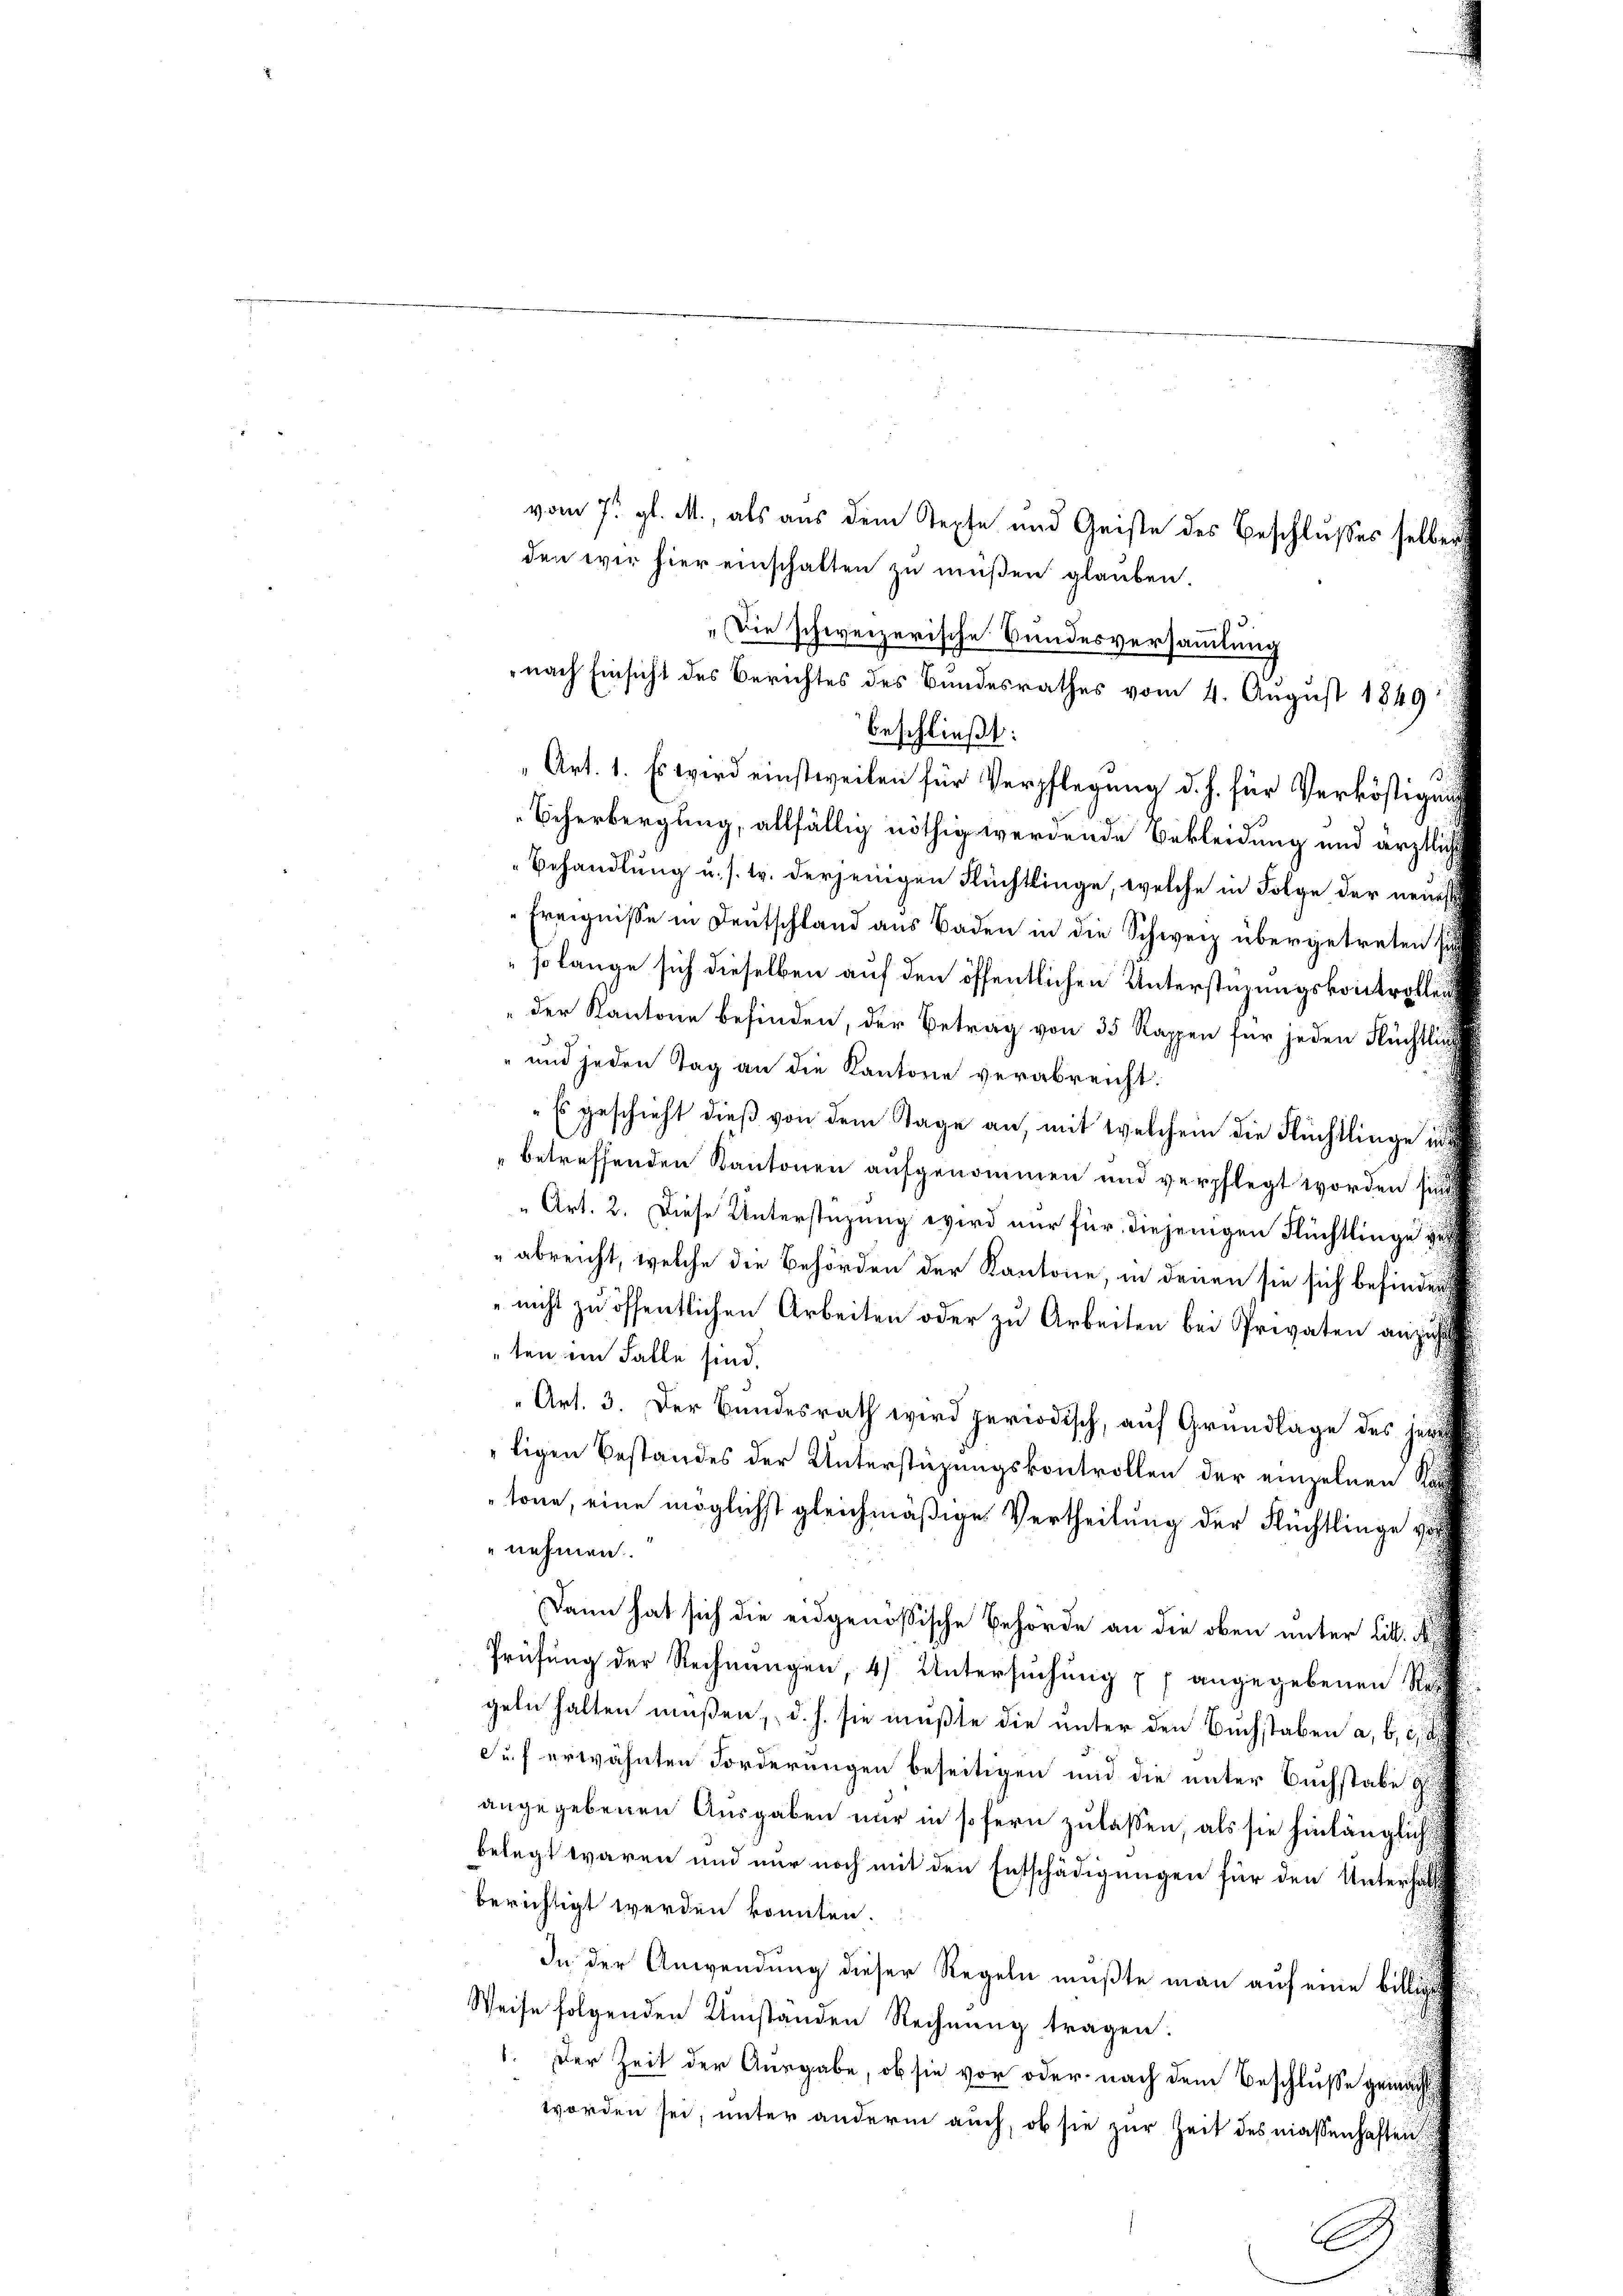
vom 7. gl. M., als aus dem Tepfe und Geiste des Beschlusses selben

den wir hier einschalten zu müßen glauben.
„Die schweizerische Bundesversammlung
nach Einsicht des Berichtes des Bundesrathes vom 4. August 1849
beschließt:
Art. 1. Es wird einstweilen für Verpflegung d. h. für Verköstigung
Scherbergung, allfällig nöthig werdende Bekleidung und ärztlich
Behandlŭng u. s. w. derjenigen Flüchtlinge, welche in Folge der neuest
Ereignisse in Deutschland aus Baden in die Schweiz übergetreten sich
so lange sich dieselben auf den öffentlichen Unterstüzungskontrollen
der Kantone befinden, der Betrag von 35 Rappen für jeden Flüchtling
" und jeden Tag an die Kantone verabreicht.
Es geschieht dieß von dem Tage an, mit welchem die Flüchtlinge in
betreffenden Kantonen aufgenommen und verpflegt worden sind
" Art. 2. Diese Unterstüzung wird nur für diejenigen Flüchtlinge ve
abreicht, welche die Behörden der Kantone, in denen sie sich befinder
"nicht zu öffentlichen Arbeiten oder zu Arbeiten bei Privaten anzuhalten im Falle sind.
Art. 3. Der Bundesrath wird periodisch, auf Grundlage des jewe
ligen Bestandes der Unterstüzungskontrollen der einzelnen Kauf
tone, eine möglichst gleichmäßige Vertheilung der Flüchtlinge vor
nehmen.
Dann hat sich die eidgenössische Behörde an die oben unter Litt.
Prüfung der Rechnungen, 4) Untersuchung 17 angegebenen Rech
geln halten müßen, d. h. sie mußte die unter den Buchstaben a, b, c,
Suf erwähnten Forderungen beseitigen und die unter Buchstabe g
angegebenen Ausgaben nur in sofern zulassen, als sie hinlänglich
belegt waren und nur noch mit den Entschädigungen für den Unterhält
berichtigt werden konnten.
In der Anwendung dieser Regeln müßte man auf eine billig
Weise folgenden Umstanden Rechnŭng tragen:
1. Der Zeit der Ausgabe, ob sie vor oder nach dem Beschluße gemachsich
worden sei, unter anderm auch, ob sie zur Zeit des niessenhaften